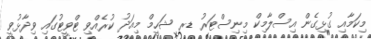
މިކަމާއި ގުޅިގެން އިސްލާމިކް މިނިސްޓަރު ޑރ ޝަހީމް މިއަދު ކުރެއްވި ޓްވީޓުގައި ވިދާޅުވީ